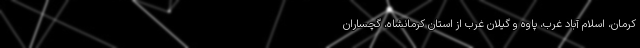
کرمان، اسلام آباد غرب، پاوه و گیلان غرب از استان کرمانشاه، گچساران